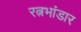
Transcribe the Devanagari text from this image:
रत्नभांडार